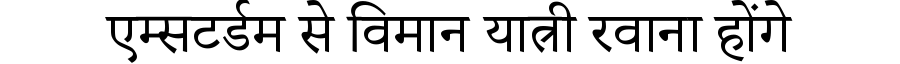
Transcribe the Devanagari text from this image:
एम्सटर्डम से विमान यात्री रवाना होंगे